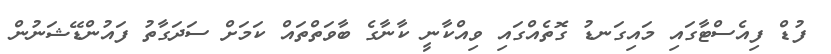
ފުޑް ފިއެސްޓާގައި މައިގަނޑު ގޮތެއްގައި ވިއްކާނީ ކާނާގެ ބާވަތްތައް ކަމަށް ސަދަގާތު ފައުންޑޭޝަނުން